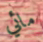
مائي